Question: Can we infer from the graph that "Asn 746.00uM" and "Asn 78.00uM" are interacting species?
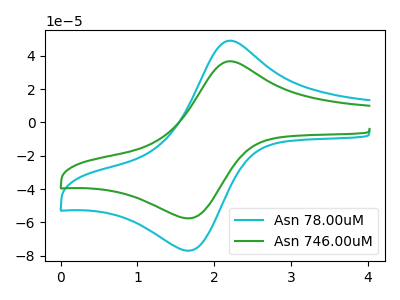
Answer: <think>The cyan curve "Asn 78.00uM" has an anodic peak at (2.20V, 48.90uA) and a cathodic peak at (1.65V, -76.95uA). The green curve "Asn 746.00uM" has an anodic peak at (2.20V, 36.60uA) and a cathodic peak at (1.65V, -57.60uA).
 All the peaks in "Asn 746.00uM" have a peak in "Asn 78.00uM" at the same potential. Every peak in "Asn 746.00uM" is lower than every peak in "Asn 78.00uM".</think>
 <answer>No, "Asn 746.00uM" and "Asn 78.00uM" don't appear to be significantly different in shape</answer>
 <eval>no_change</eval>